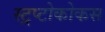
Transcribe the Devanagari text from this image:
स्ट्रप्टोकोकस